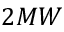
2 M W